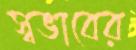
স্বভাবের